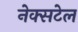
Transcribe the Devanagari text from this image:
नेक्सटेल